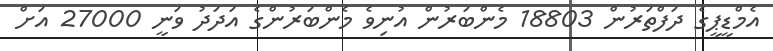
އެމްޑީޕީގެ ދަފްތަރުން 18803 މެންބަރުން އުނިވެ މެންބަރުންގެ އަދަދު ވަނީ 27000 އަށް